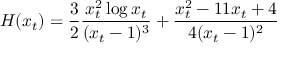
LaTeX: H ( x _ { t } ) = { \frac { 3 } { 2 } } { \frac { x _ { t } ^ { 2 } \log x _ { t } } { ( x _ { t } - 1 ) ^ { 3 } } } + { \frac { x _ { t } ^ { 2 } - 1 1 x _ { t } + 4 } { 4 ( x _ { t } - 1 ) ^ { 2 } } }